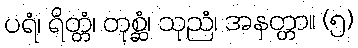
ပရံ၊ ရိတ္တံ၊ တုစ္ဆံ၊ သုညံ၊ အနတ္တာ။ (၅)